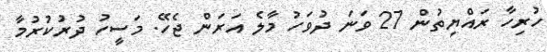
ހުރިހާ ރައްޔިތުން 27 ވަނަ ދުވަހު މާލެ އަރަން ޖެހޭ. މަސީހު ދުރުކުރުމާ